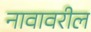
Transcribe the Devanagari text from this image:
नावावरील